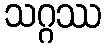
သဂ္ဂဿ